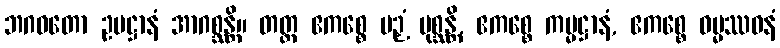
ဘဂဝတော ဥပဋ္ဌာနံ အာဂစ္ဆန္တိ။ တတ္ထ ဧကစ္စေ ပဉှံ ပုစ္ဆန္တိ, ဧကစ္စေ ကမ္မဋ္ဌာနံ, ဧကစ္စေ ဓမ္မဿဝနံ